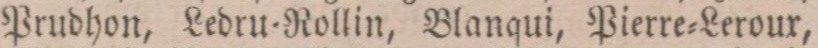
Prudhon, Ledru=Rollin, Blanqui, Pierre=Leroux,